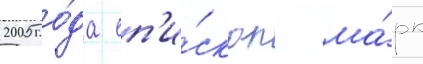
2005 го́да еп'и́скоп ма́рк